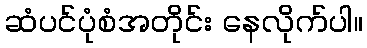
ဆံပင်ပုံစံအတိုင်း နေလိုက်ပါ။